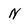
Character: N